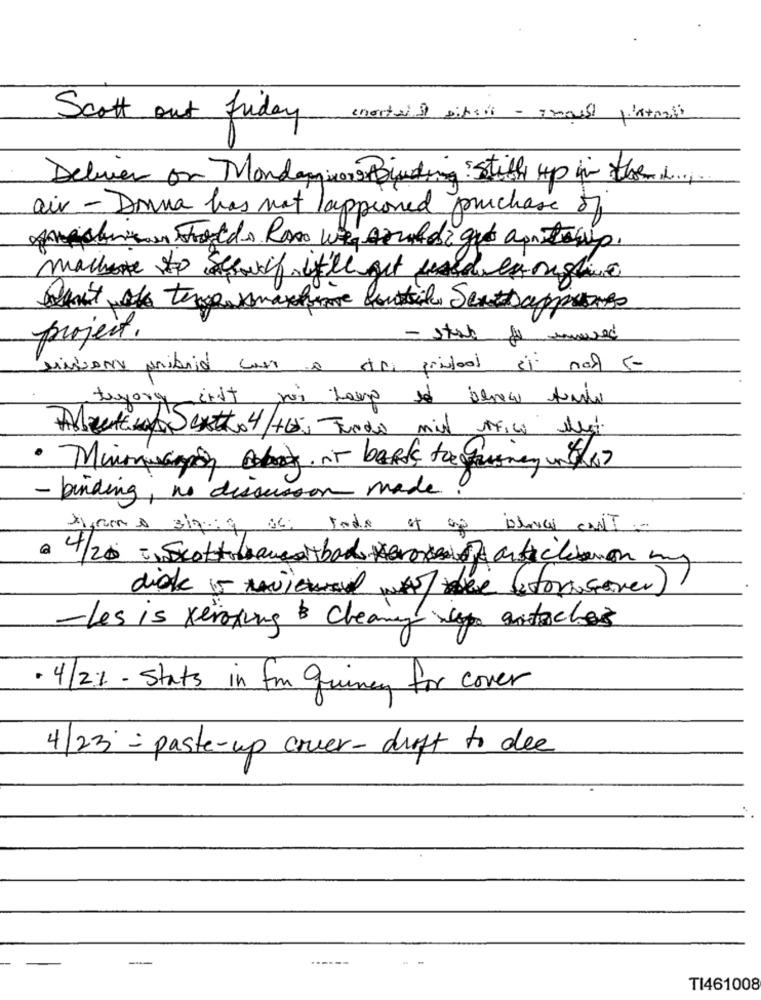
Scott out fuday (nortel d sitsi - small plateali
Deliver or Mondanicos Binding Stiff up in the
air - Donna has not lappioned purchase of
machine to Schwy i'll get useder ought
project,
misions pribid con o tri privtool si non 5-
tayorg ist poi toup se benece tundi
Albertino Scatto 4/+6; Fundo mil utFICO Megi
- binding, no discursoon made.
@ 4/20 - Scottoaussibad articleson my
diak 5 Mviewed wAlte (forasever)
-Les is xeroxing & cleaning weg articles
· 4/21 - Stats in fun quincy for cover
4/23 = paste-up cover- drift to dee
TI461008